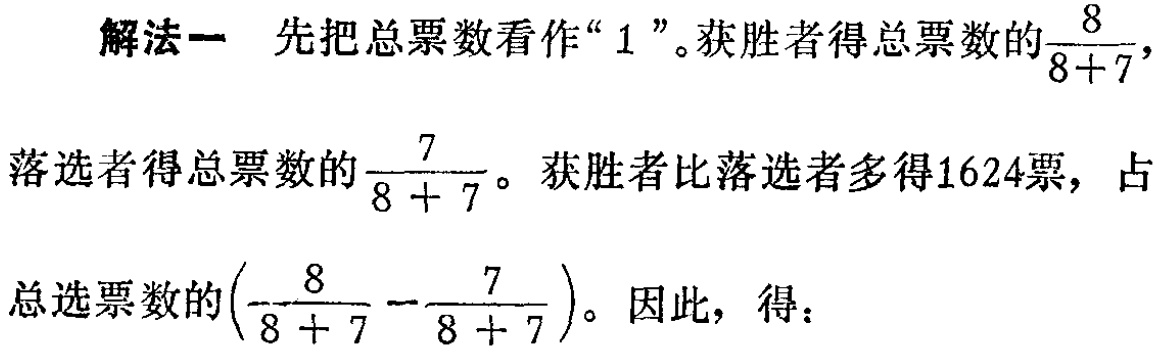
解法一 先把总票数看作“$1$”。获胜者得总票数的$\frac{8}{8 + 7}$，

落选者得总票数的$\frac{7}{8 + 7}$。获胜者比落选者多得1624票，占

总选票数的$(\frac{8}{8 + 7} - \frac{7}{8 + 7})$。因此，得：